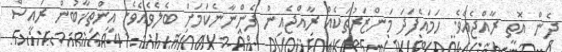
ދެން އޮތީ ރާއްޖެއެވެ. ހަމައެފަދަ މަންޒަރުތަކެއް ރާއްޖެއިން ފެންނާނެކަމަށް ބެލެވެއެވެ. އިންތިޚާބުން ރައީސް